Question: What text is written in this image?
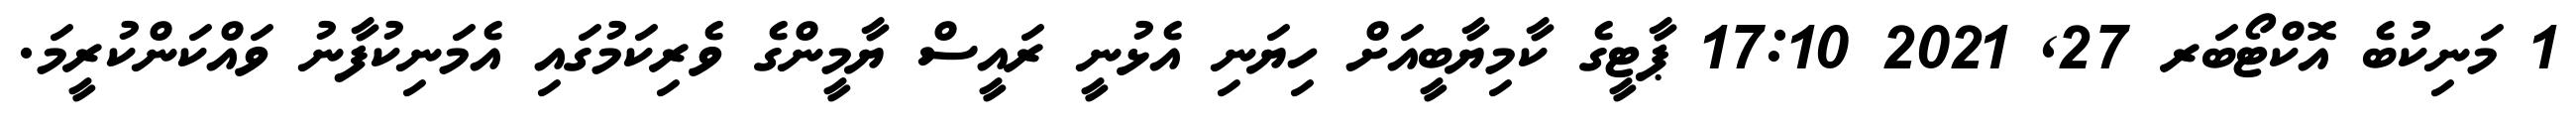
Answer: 1 މަނިކުބެ އޮކްޓޯބަރ 27, 2021 17:10 ޕާޓީގެ ކާމިޔާބީއަށް ހިޔަނި އެޅުނީ ރައީސް ޔާމީންގެ ވެރިކަމުގައި އެމަނިކުފާނު ވައްކަންކުރީމަ.